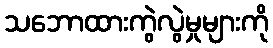
သဘောထားကွဲလွဲမှုများကို